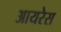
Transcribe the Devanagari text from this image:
आयरेस